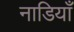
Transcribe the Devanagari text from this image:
नाडियाँ